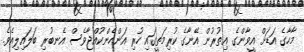
މާހާގެ އަޑަށް އީވާންގެ އިތުރުން އޭނާގެ ކުރިމަތީގައި ހުރި އަންހެންކުއްޖާވެސް އެނބުރި ބަލައިލިއެވެ.